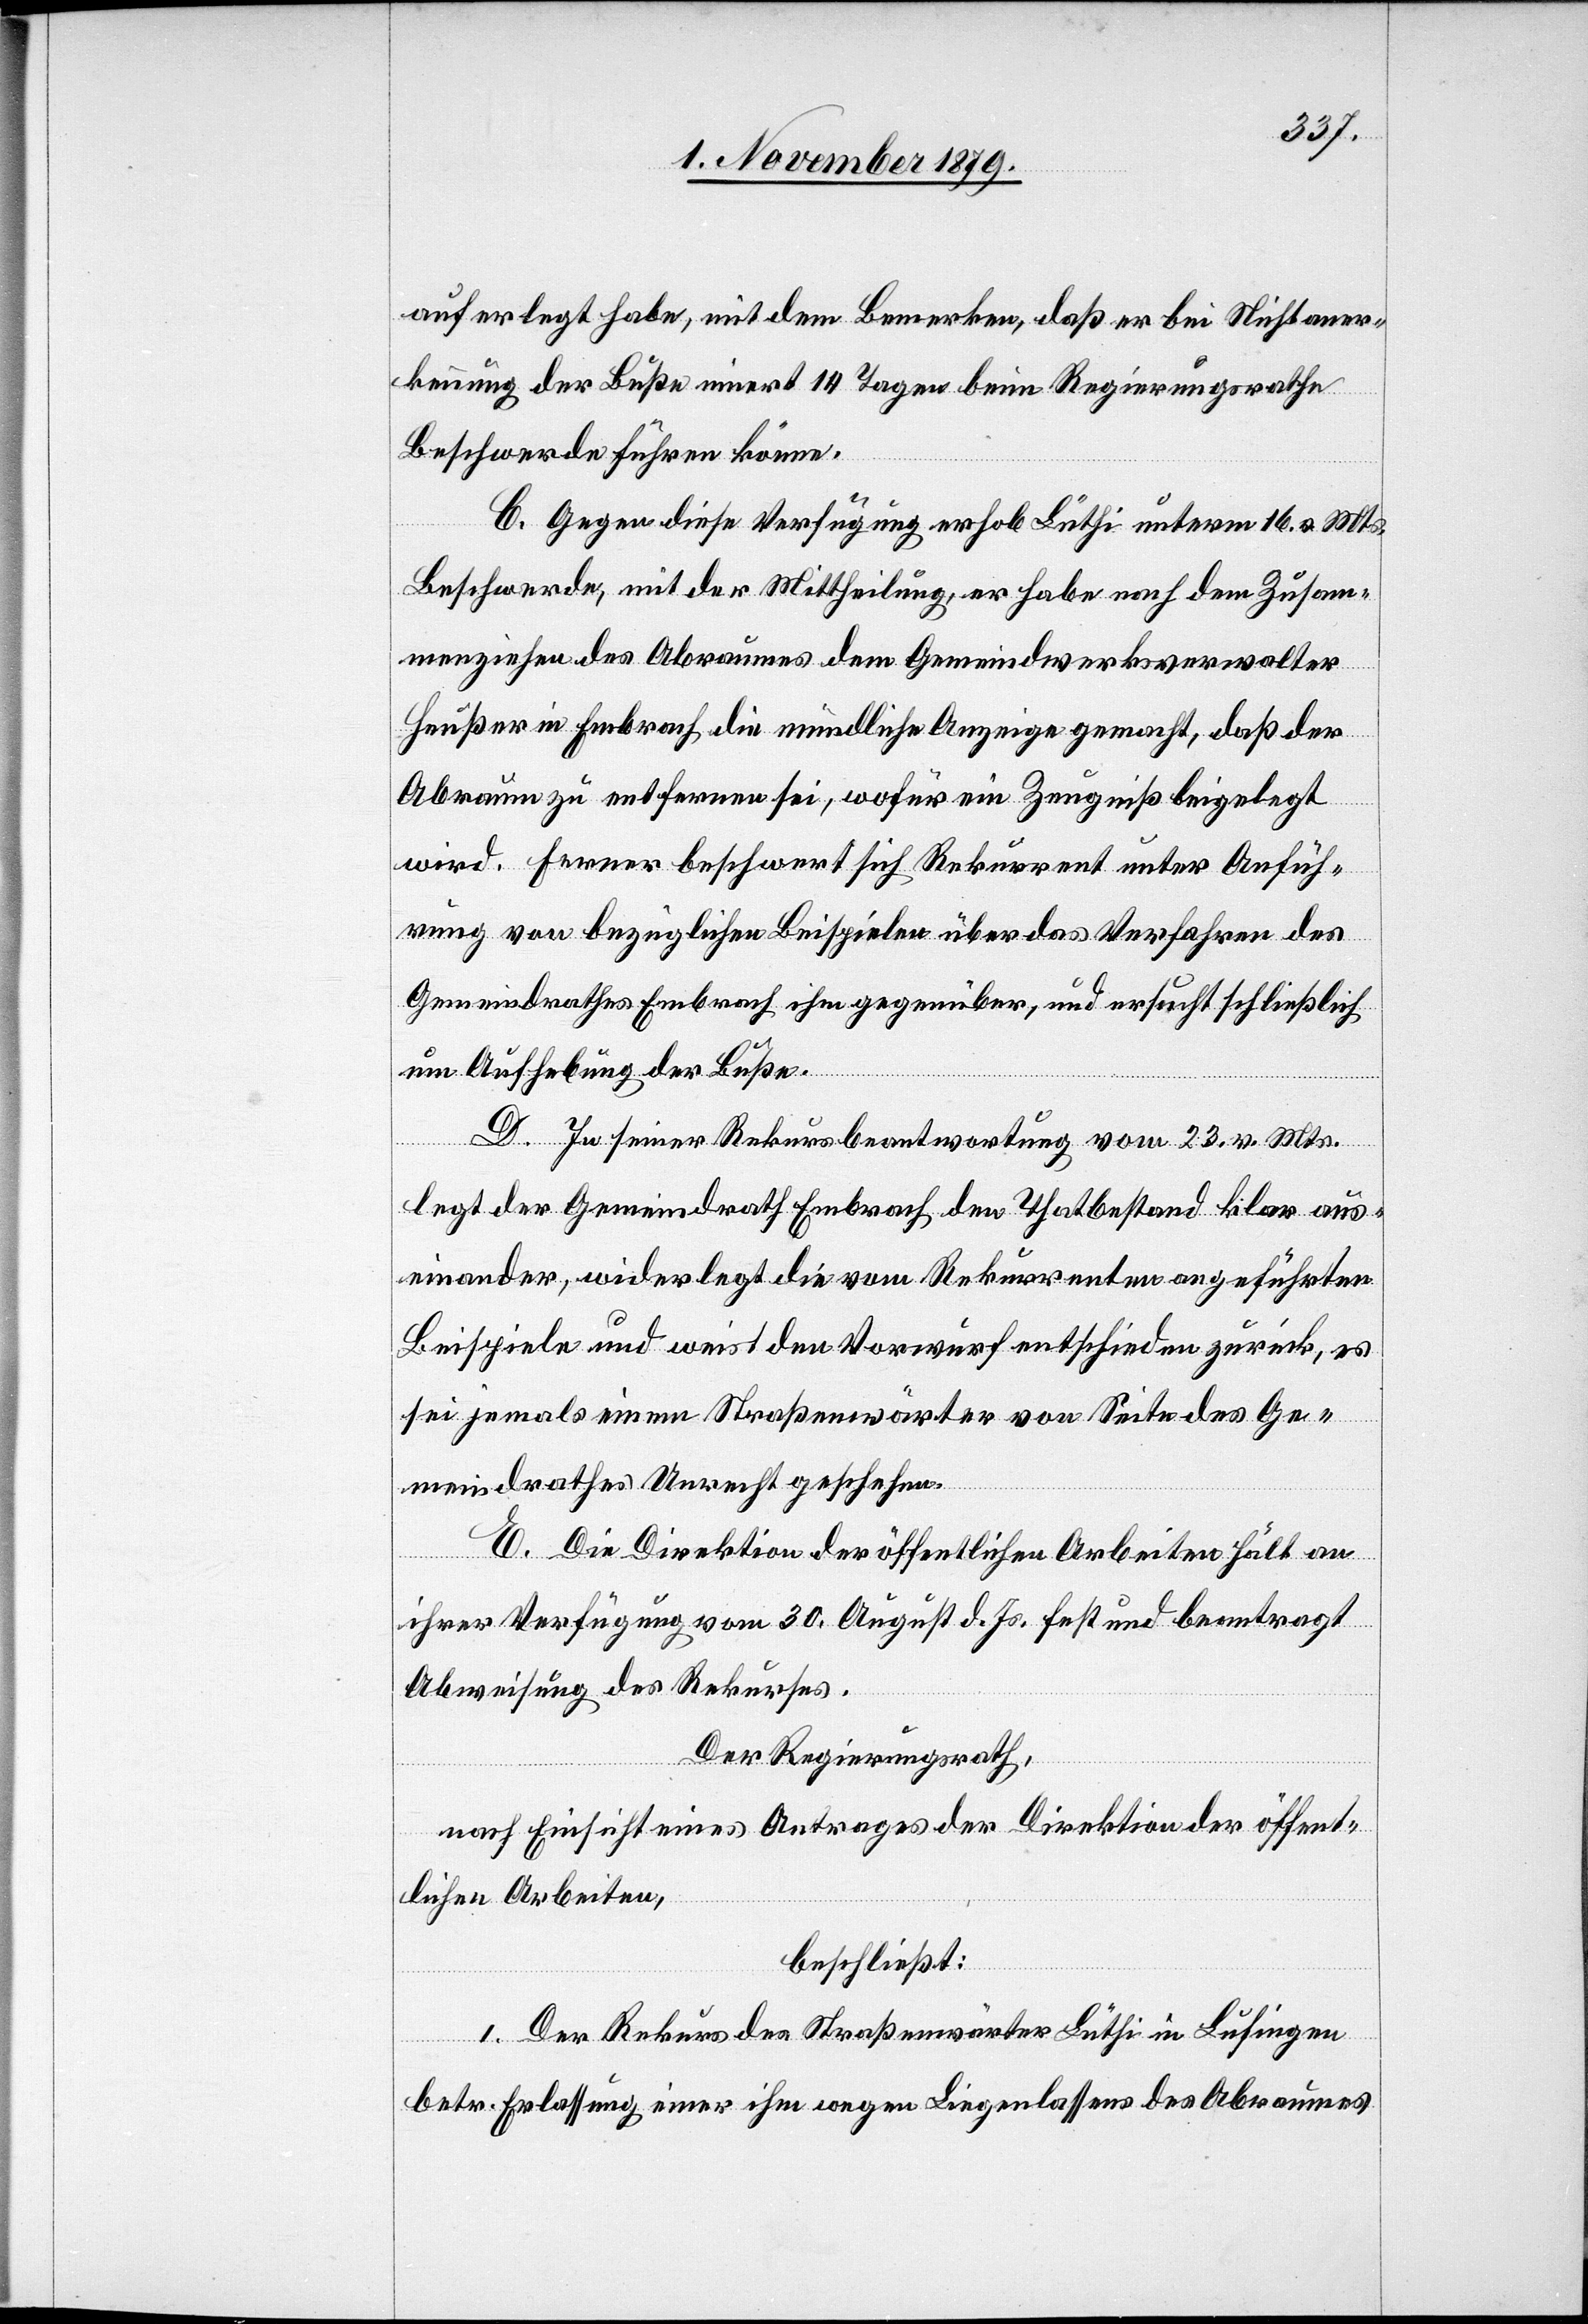
auferlegt habe, mit dem Bemerken, daß er bei Nichtaner¬
kennung der Buße innert 14 Tagen beim Regierungsrathe
Beschwerde führen könne.
C. Gegen diese Verfügung erhob Lüthi unterm 16. v. Mts.
Beschwerde, mit der Mittheilung, er habe nach dem Zusam¬
menziehen des Abraumes dem Gemeindwerksverwalter
Heußer in Embrach die mündliche Anzeige gemacht, daß der
Abraum zu entfernen sei, wofür ein Zeugniß beigelegt
wird. Ferner beschwert sich Rekurrent unter Anfüh¬
rung von bezüglichen Beispielen über das Verfahren des
Gemeindrathes Embrach ihm gegenüber, und ersucht schließlich
um Aufhebung der Buße.
D. In seiner Rekursbeantwortung vom 23. v. Mts.
legt der Gemeindrath Embrach den Thatbestand klar aus¬
einander, widerlegt die vom Rekurrenten angeführten
Beispiele und weist den Vorwurf entschieden zurück, es
sei jemals einem Straßenwärter von Seite des Ge¬
meindrathes Unrecht geschehen.
E. Die Direktion der öffentlichen Arbeiten hält an
ihrer Verfügung vom 30. August d. Js. fest und beantragt
Abweisung des Rekurses.
Der Regierungsrath,
nach Einsicht eines Antrages der Direktion der öffent¬
lichen Arbeiten,
beschließt:
1. Der Rekurs des Straßenwärter Lüthi in Lufingen
betr. Erlassung einer ihm wegen Liegenlassens des Abraumes